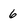
Character: 6